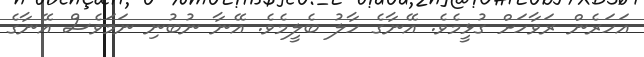
އަހަރެން ރަވާހަށް ގުޅީމެވެ. އޭނާގެ ހާލު ބެލީމެވެ. އޭނާ ނުބުނި ނަމަވެސް އޭނާގެ